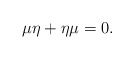
\begin{align*}\mu\eta+\eta\mu=0.\end{align*}